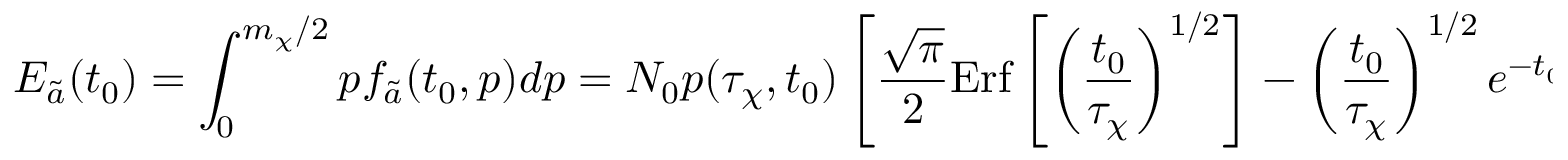
E _ { \tilde { a } } ( t _ { 0 } ) = \int _ { 0 } ^ { m _ { \chi } / 2 } p f _ { \tilde { a } } ( t _ { 0 } , p ) d p = N _ { 0 } p ( \tau _ { \chi } , t _ { 0 } ) \left[ \frac { \sqrt { \pi } } { 2 } \mathrm { E r f } \left[ \left( \frac { t _ { 0 } } { \tau _ { \chi } } \right) ^ { 1 / 2 } \right] - \left( \frac { t _ { 0 } } { \tau _ { \chi } } \right) ^ { 1 / 2 } e ^ { - t _ { 0 } / \tau _ { \chi } } \right] .